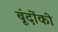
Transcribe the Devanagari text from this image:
बूंदोंको